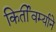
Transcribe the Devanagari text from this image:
किर्तीवर्म्याने